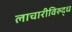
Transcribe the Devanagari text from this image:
लाचारीविरुद्ध